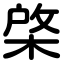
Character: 棨